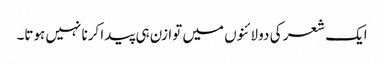
ایک شعر کی دو لائنوں میں توازن ہی پیدا کرنا نہیں ہوتا۔